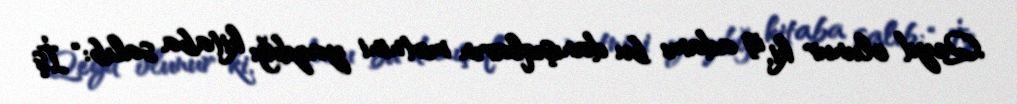
Qeyd olunur ki, iş adamı bu danışıqların mətnini yazdığı kitaba salıb: “İş